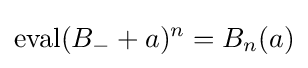
\operatorname {eval} (B_{-}+a)^{n}=B_{n}(a)